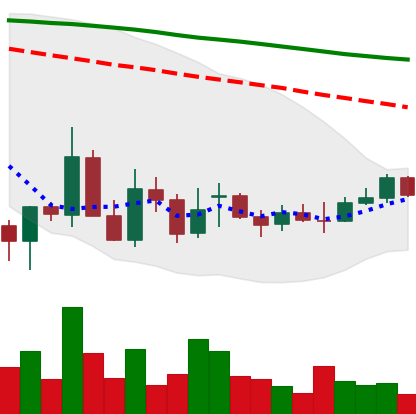
Ticker: EOS-USD
Chart end date: 2021-12-24
Forward return: -10.335%
Label: down_7plus